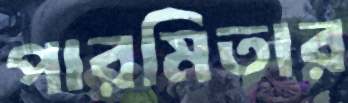
পারমিতার